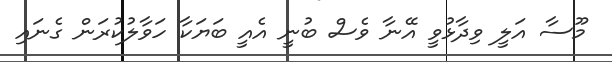
މޫސާ އަލީ ވިދާޅުވީ އޭނާ ވެސް ބުނީ އެއީ ބަޔަކާ ހަވާލުކުރަން ގެނައި